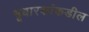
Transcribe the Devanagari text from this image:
भूधारकांकडील